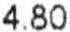
4.80